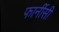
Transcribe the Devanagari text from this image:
फार्नीसी